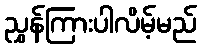
ညွှန်ကြားပါလိမ့်မည်